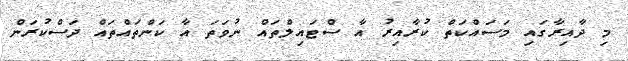
މި ދާއިރާގައި މަސައްކަތް ކުރާއިރު އާ ސްޓައިލްތައް ނުވަތަ އާ ކަންތައްތައް ދަސްކުރަން